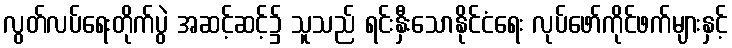
လွတ်လပ်ရေးတိုက်ပွဲ အဆင့်ဆင့်၌ သူသည် ရင်းနှီးသောနိုင်ငံရေး လုပ်ဖော်ကိုင်ဖက်များနှင့်